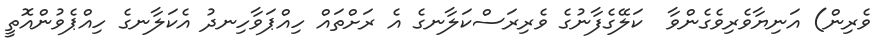
ވެރިން) އަނިޔާވެރިވެގެންވާ  ކަލޭގެފާނުގެ ވެރިރަސްކަލާނގެ އެ ރަށްތައް ހިއްޕަވާހިނދު އެކަލާނގެ ހިއްޕެވުންއޮތީ